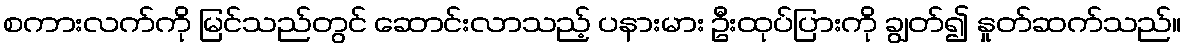
စကားလက်ကို မြင်သည်တွင် ဆောင်းလာသည့် ပနားမား ဦးထုပ်ပြားကို ချွတ်၍ နှုတ်ဆက်သည်။